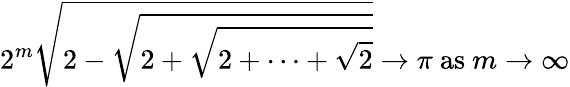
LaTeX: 2^{m}{\sqrt{2-{\sqrt{2+{\sqrt{2+\cdots+{\sqrt{2}}}}}}}}\to\pi{\mathrm{~as~}}m\to\infty